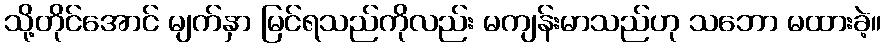
သို့တိုင်အောင် မျက်နှာ မြင်ရသည်ကိုလည်း မကျန်းမာသည်ဟု သဘော မထားခဲ့။